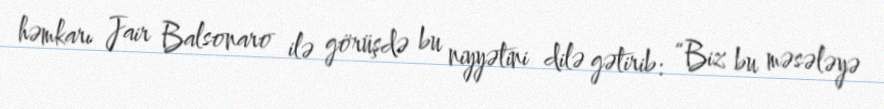
həmkarı Jair Balsonaro ilə görüşdə bu niyyətini dilə gətirib: “Biz bu məsələyə